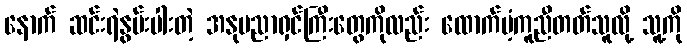
နောက် ဆင်းရဲနွမ်းပါးတဲ့ အနုပညာရှင်ကြီးတွေကိုလည်း ထောက်ပံ့ကူညီတတ်သူလို့ သူ့ကို